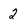
Character: 2